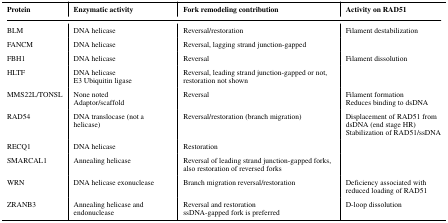
| Protein | Enzymatic activity | Fork remodeling contribution | Activity on RAD51 |
 | --- | --- | --- | --- |
 | BLM | DNA helicase | Reversal/restoration | Filament destabilization |
 | FANCM | DNA helicase | Reversal, lagging strand junction-gapped |  |
 | FBH1 | DNA helicase | Reversal | Filament dissolution |
 | HLTF | DNA helicaseE3 Ubiquitin ligase | Reversal, leading strand junction-gapped or not, restoration not shown |  |
 | MMS22L/TONSL | None notedAdaptor/scaffold | Reversal | Filament formationReduces binding to dsDNA |
 | RAD54 | DNA translocase (not a helicase) | Reversal/restoration (branch migration) | Displacement of RAD51 from dsDNA (end stage HR)Stabilization of RAD51/ssDNA |
 | RECQ1 | DNA helicase | Restoration |  |
 | SMARCAL1 | Annealing helicase | Reversal of leading strand junction-gapped forks, also restoration of reversed forks |  |
 | WRN | DNA helicase exonuclease | Branch migration reversal/restoration | Deficiency associated with reduced loading of RAD51 |
 | ZRANB3 | Annealing helicase and endonuclease | Reversal and restorationssDNA-gapped fork is preferred | D-loop dissolution |